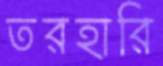
তরহারি